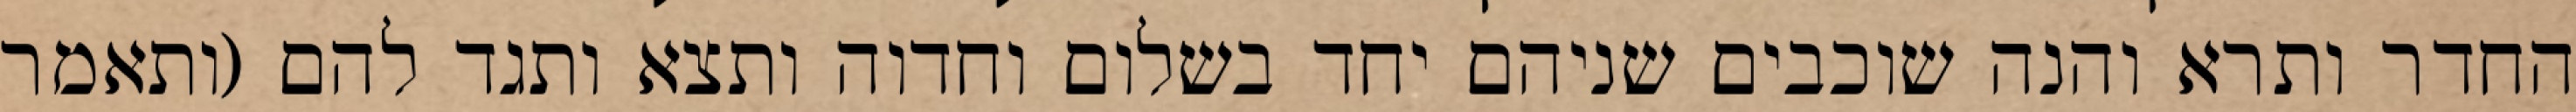
החדר ותרא והנה שוכבים שניהם יחד בשלום וחדוה ותצא ותגד להם (ותאמר